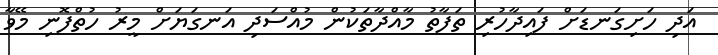
އަދި ހަށިގަނޑަށް ފައިދާހުރި ތަފާތު މާއްދާތަކުން މުއްސަދި އަނގަޔަށް މީރު ހުތްފޮނި މޭވާ